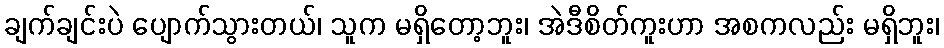
ချက်ချင်းပဲ ပျောက်သွားတယ်၊ သူက မရှိတော့ဘူး၊ အဲဒီစိတ်ကူးဟာ အစကလည်း မရှိဘူး၊